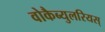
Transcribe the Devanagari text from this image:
वोकैब्युलरियस्